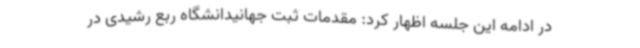
در ادامه این جلسه اظهار کرد: مقدمات ثبت جهانیدانشگاه ربع رشیدی در